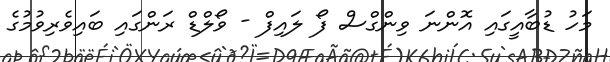
މަހު ޑުބާއީގައި އޮންނަ ވިންގްސް ފޯ ލައިފް - ވޯލްޑް ރަންގައި ބައިވެރިވުމުގެ